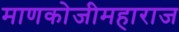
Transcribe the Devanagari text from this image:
माणकोजीमहाराज